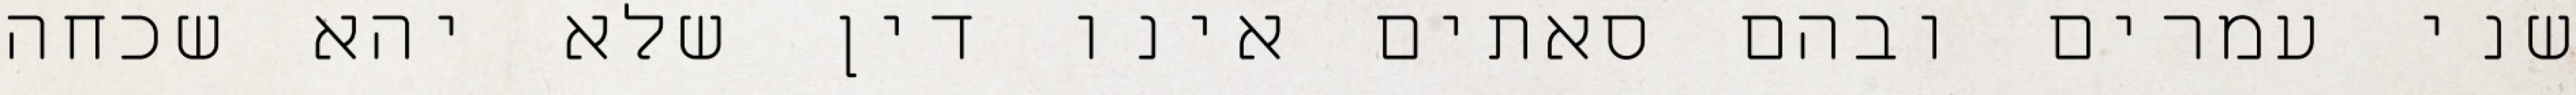
שני עמרים ובהם סאתים אינו דין שלא יהא שכחה